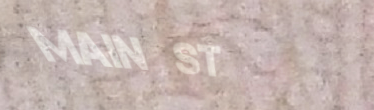
Main St